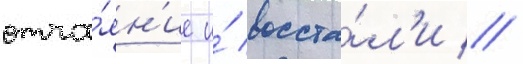
отча́ян'ие и́ восста́л'и //